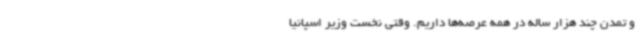
و تمدن چند هزار ساله در همه عرصه‌ها داریم. وقتی نخست وزیر اسپانیا